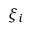
\xi _ { i }